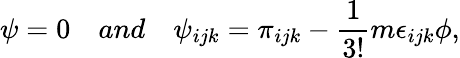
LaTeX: \psi=0\quad and\quad\psi_{ijk}=\pi_{ijk}-\frac{1}{3!}m\epsilon_{ijk}\phi,